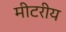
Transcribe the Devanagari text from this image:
मीटरीय